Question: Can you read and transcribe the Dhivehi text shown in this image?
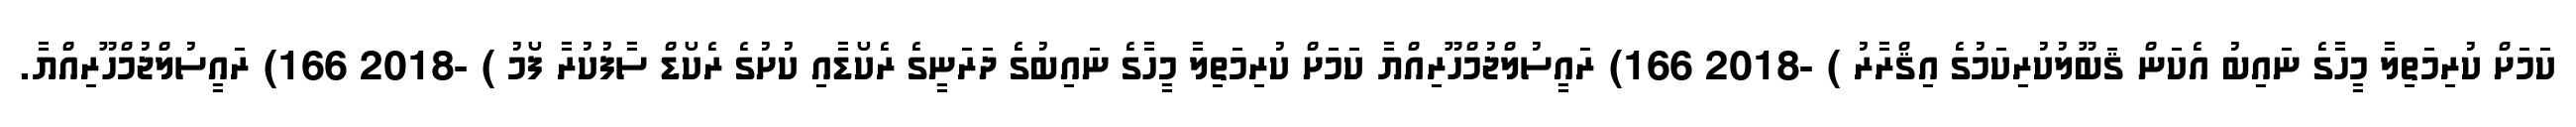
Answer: ކަމަށް ކުރިމަތިލާ މީހާގެ ނައިބު އެކަން ޤަބޫލުކުރިކަމުގެ އިޤްރާރު ) -2018 166) ރައީސުލްޖުމްހޫރިއްޔާ ކަމަށް ކުރިމަތިލާ މީހާގެ ނައިބުގެ ދަރަނީގެ ރެކޯޑާއި ކުށުގެ ރެކޯޑް ސާފުކުރާ ފޯމު ) -2018 166) ރައީސުލްޖުމްހޫރިއްޔާ.